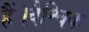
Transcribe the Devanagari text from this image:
हैं।वैश्विक